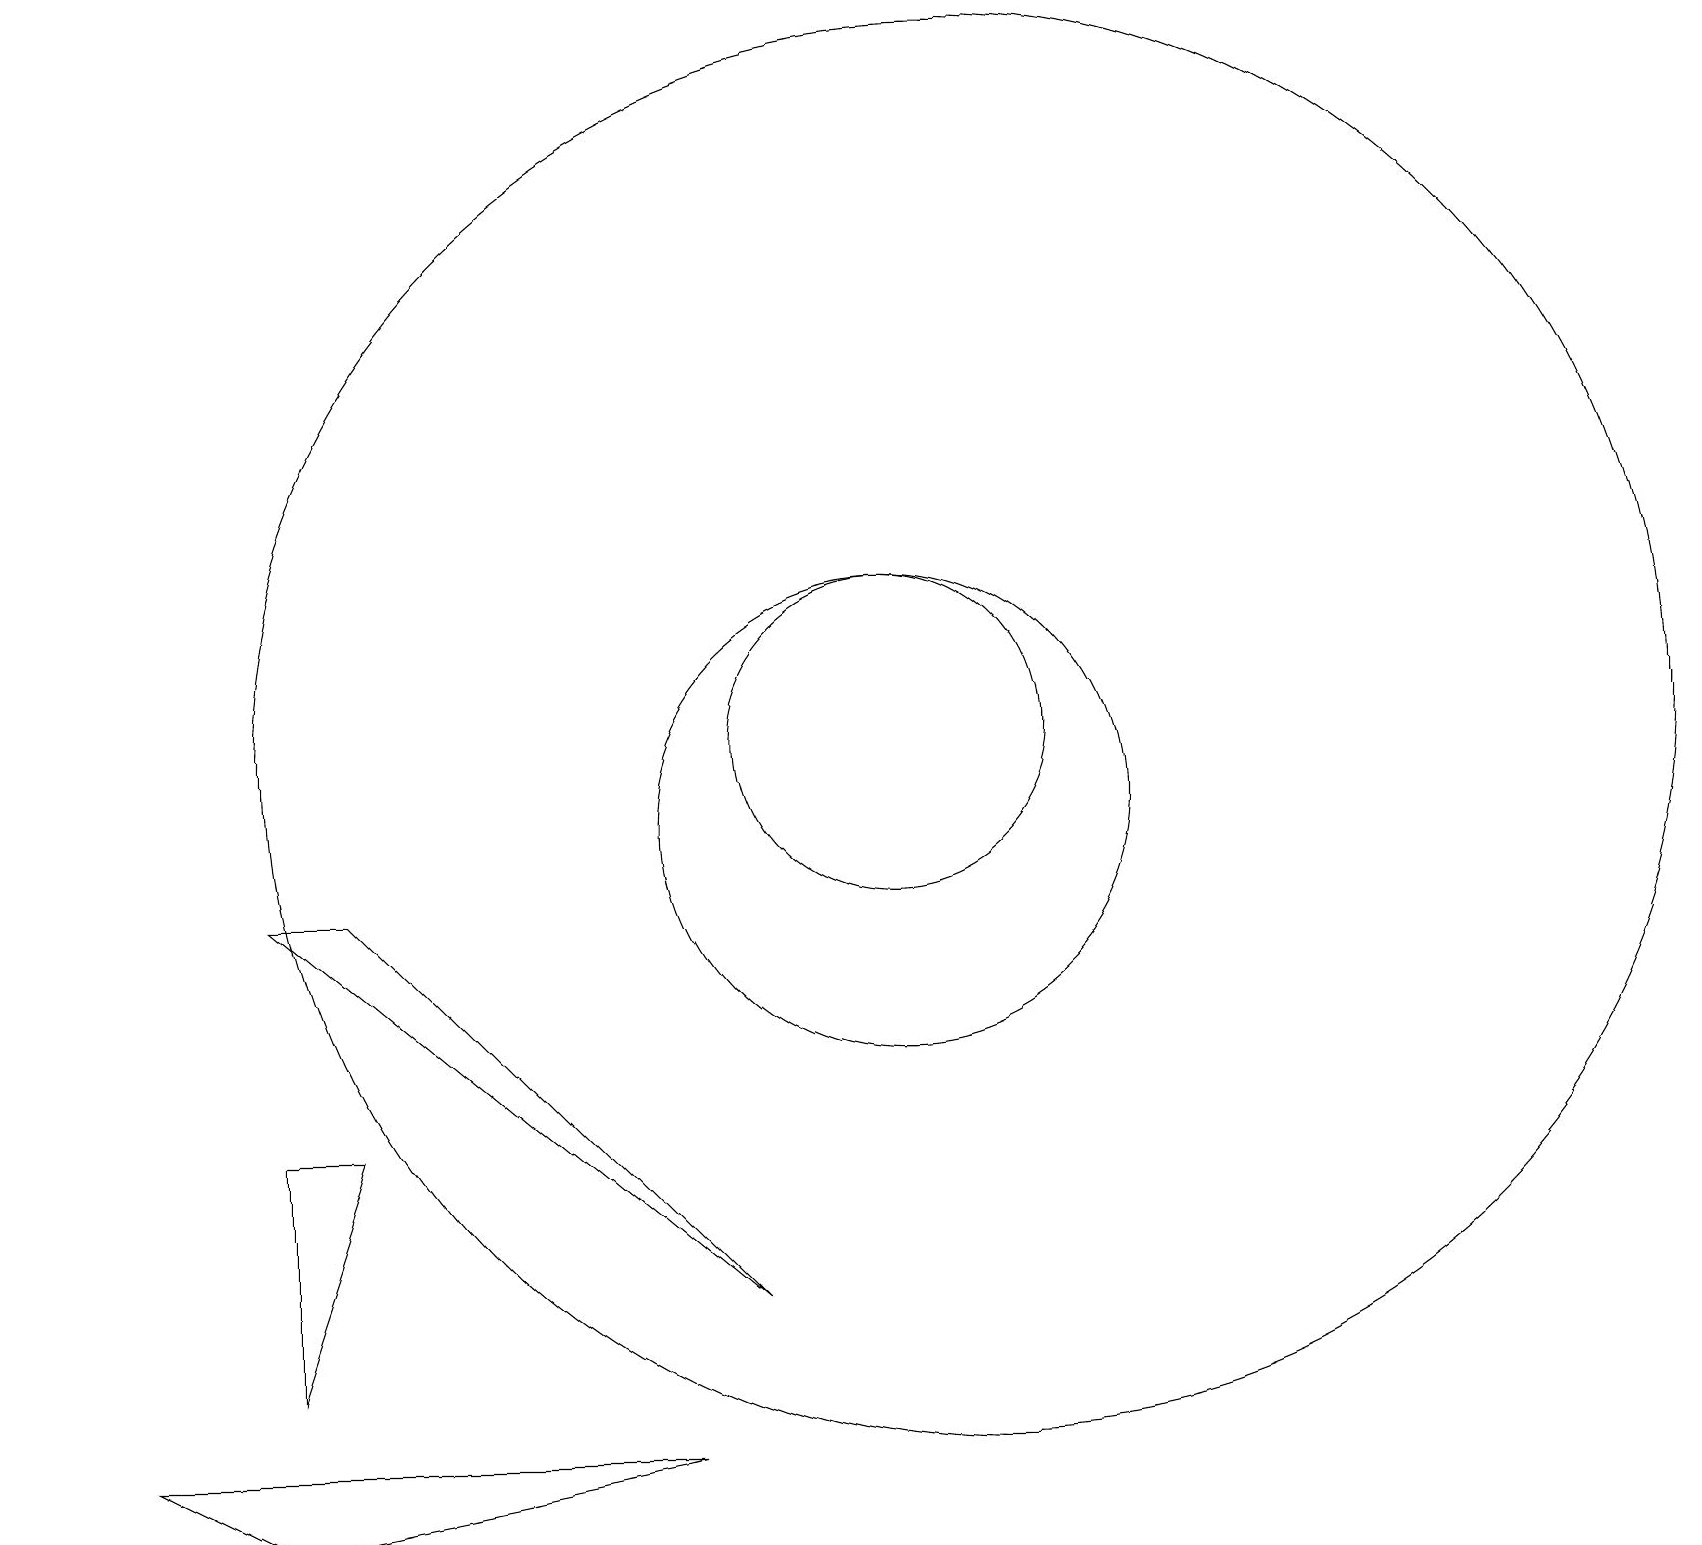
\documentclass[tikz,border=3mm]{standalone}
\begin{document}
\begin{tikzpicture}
\draw (8,2) -- (1,2) -- (3,1) -- cycle;
\draw (4,9) -- (9,4) -- (3,9) -- cycle;
\draw (3,6) -- (4,6) -- (3,3) -- cycle;
\draw (11,10) circle (3);
\draw[->] (0,18) -- (0,19);
\draw (11,11) circle (2);
\draw (12,11) circle (9);
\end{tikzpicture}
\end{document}